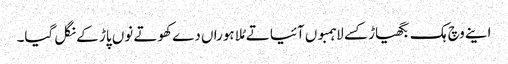
اینے وچ ہک بگھیاڑ کسے لاہمبوں آئیا تے مُلا ہوراں دے کھوتے نوں پاڑ کے نگل گیا۔